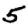
Digit: 5